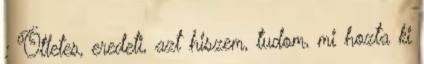
: Ötletes, eredeti, azt hiszem, tudom, mi hozta ki